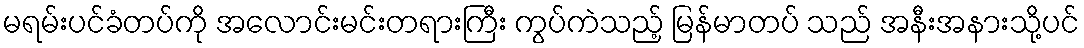
မရမ်းပင်ခံတပ်ကို အလောင်းမင်းတရားကြီး ကွပ်ကဲသည့် မြန်မာတပ် သည် အနီးအနားသို့ပင်